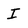
Character: I